Civil Veterinary Dept. Bombay admin report 1914-1922 - 1914-1922
Year: 1914
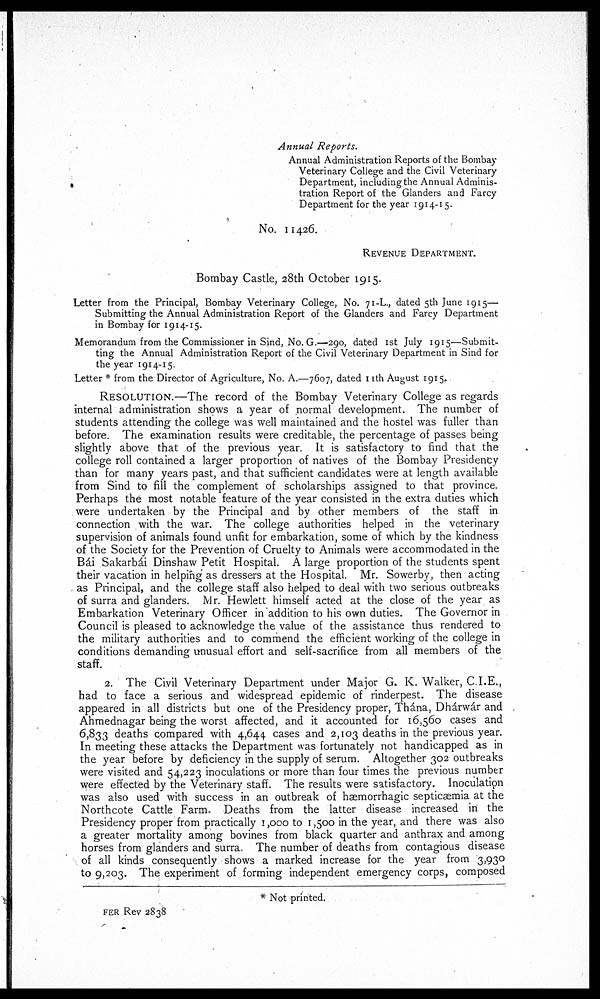
Annual Reports.
Annual Administration Reports of the Bombay
Veterinary College and the Civil Veterinary
Department, including the Annual Adminis-
tration Report of the Glanders and Farcy
Department for the year 1914-15.
No. 11426.
REVENUE DEPARTMENT.
Bombay Castle, 28th October 1915.
Letter from the Principal, Bombay Veterinary College, No. 71-L., dated 5th June 1915—
Submitting the Annual Administration Report of the Glanders and Farcy Department
in Bombay for 1914-15.
Memorandum from the Commissioner in Sind, No. G.—290, dated 1st July 1915—Submit-
ting the Annual Administration Report of the Civil Veterinary Department in Sind for
the year 1914-15.
Letter * from the Director of Agriculture, No. A.—7607, dated 11th August 1915.
RESOLUTION.—The record of the Bombay Veterinary College as regards
internal administration shows a year of normal development. The number of
students attending the college was well maintained and the hostel was fuller than
before. The examination results were creditable, the percentage of passes being
slightly above that of the previous year. It is satisfactory to find that the
college roll contained a larger proportion of natives of the Bombay Presidency
than for many years past, and that sufficient candidates were at length available
from Sind to fill the complement of scholarships assigned to that province.
Perhaps the most notable feature of the year consisted in the extra duties which
were undertaken by the Principal and by other members of the staff in
connection with the war. The college authorities helped in the veterinary
supervision of animals found unfit for embarkation, some of which by the kindness
of the Society for the Prevention of Cruelty to Animals were accommodated in the
Bái Sakarbái Dinshaw Petit Hospital. A large proportion of the students spent
their vacation in helping as dressers at the Hospital. Mr. Sowerby, then acting
as Principal, and the college staff also helped to deal with two serious outbreaks
of surra and glanders. Mr. Hewlett himself acted at the close of the year as
Embarkation Veterinary Officer in addition to his own duties. The Governor in
Council is pleased to acknowledge the value of the assistance thus rendered to
the military authorities and to commend the efficient working of the college in
conditions demanding unusual effort and self-sacrifice from all members of the
staff.
2. The Civil Veterinary Department under Major G. K. Walker, C.I.E.,
had to face a serious and widespread epidemic of rinderpest. The disease
appeared in all districts but one of the Presidency proper, Thána, Dhárwár and
Ahmednagar being the worst affected, and it accounted for 16,560 cases and
6,833 deaths compared with 4,644 cases and 2,103 deaths in the previous year.
In meeting these attacks the Department was fortunately not handicapped as in
the year before by deficiency in the supply of serum. Altogether 302 outbreaks
were visited and 54,223 inoculations or more than four times the previous number
were effected by the Veterinary staff. The results were satisfactory. Inoculation
was also used with success in an outbreak of hæmorrhagic septicæmia at the
Northcote Cattle Farm. Deaths from the latter disease increased in the
Presidency proper from practically 1,000 to 1,500 in the year, and there was also
a greater mortality among bovines from black quarter and anthrax and among
horses from glanders and surra. The number of deaths from contagious disease
of all kinds consequently shows a marked increase for the year from 3,930
to 9,203. The experiment of forming independent emergency corps, composed
* Not printed.
FER Rev 2838